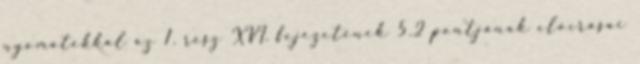
nyomatékkal az 1. rész XVI. fejezetének 5.2 pontjának elõírásai